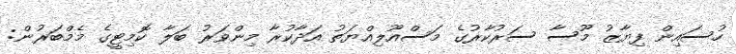
ހުސައިން ފިޔާޒު މޫސާ ސަރުކާރުގެ މަސްއޫލިއްޔަތު އަދާކުރާ މިންވަރު ބަލާ ކޮމިޓީގެ މެމްބަރުން: